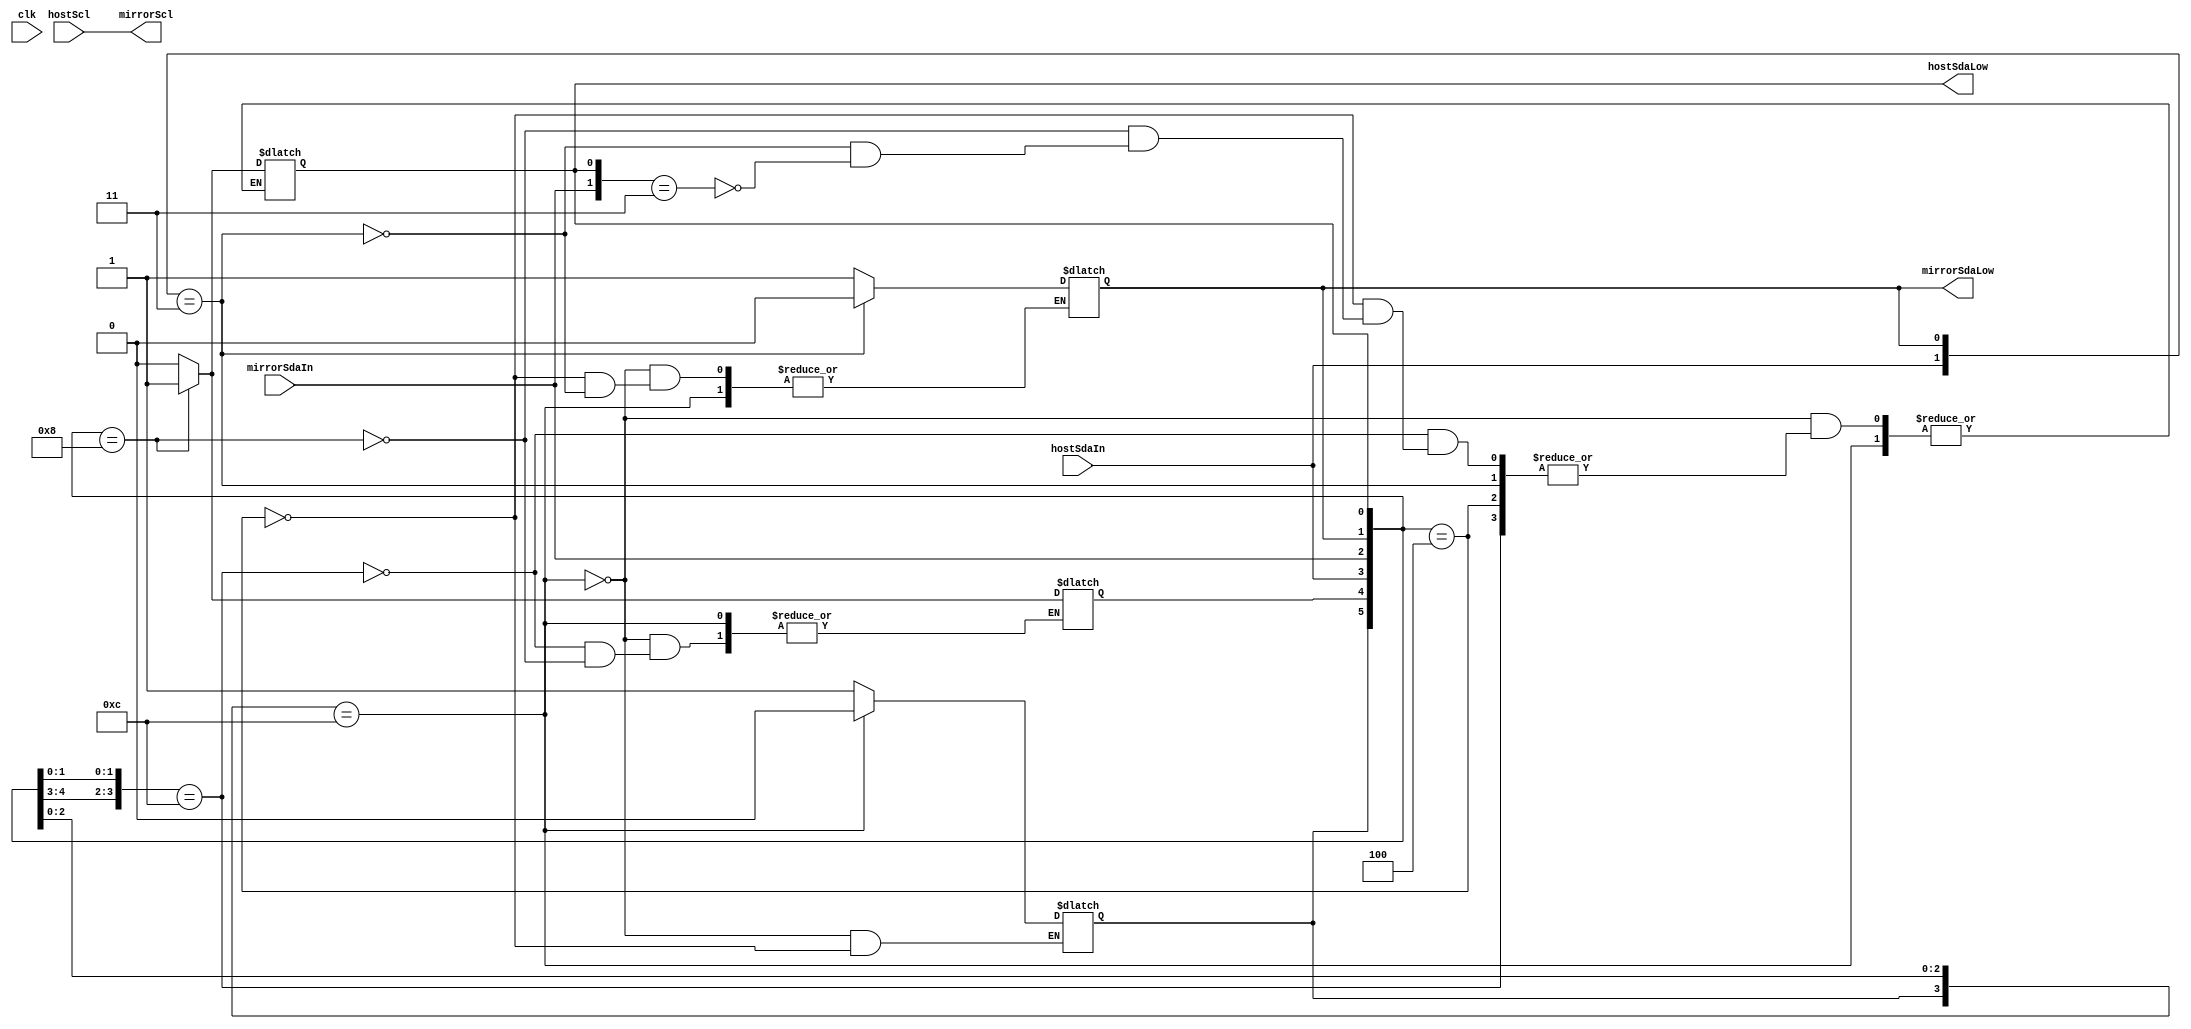
// Proxies I2C from one set of pins to another. Will introduce a slight
// propagation delay.
module twi_proxy(
		input clk,

		// Host wires (not to be controlled by us)
		input hostScl,
		input hostSdaIn,
		output hostSdaLow,

		// Mirror ports (we're driving these)
		output mirrorScl,
		input mirrorSdaIn,
		output mirrorSdaLow
	);

	reg hostToMirror = 1'b0;
	reg mirrorToHost = 1'b0;
	reg hostRecovery = 1'b0;
	reg mirrorRecovery = 1'b0;

	assign mirrorScl = hostScl;
	
	assign hostSdaLow = mirrorToHost;
	assign mirrorSdaLow = hostToMirror;

	always @* begin
		casez ({hostRecovery,mirrorRecovery,hostSdaIn,mirrorSdaIn,hostToMirror,mirrorToHost})
             	  // Waiting for recovery
		  6'b1?_?1_00: hostRecovery <= 0;
		  6'b?1_1?_00: mirrorRecovery <= 0;
		  // Enabling the mirror
		  6'b00_01_00: {hostToMirror, hostRecovery} <= 2'b11;
		  6'b00_10_00: {mirrorToHost, mirrorRecovery} <= 2'b11;
		  // Disabling the mirror
		  6'b??_1?_1?: hostToMirror <= 0;
		  6'b??_?1_?1: mirrorToHost <= 0;
		endcase
		/*if (!waitForRecovery) begin
			if (!hostSdaIn && !mirrorToHost)
				{hostToMirror, waitForRecovery} <= 2'b11;
			else if (!mirrorSdaIn && !hostToMirror)
				{mirrorToHost, waitForRecovery} <= 2'b11;
		end
		else begin
			if (hostSdaIn && mirrorSdaIn)
				waitForRecovery <= 0;
			if (hostSdaIn)
				hostToMirror <= 1'b0;
			if (mirrorSdaIn)
				mirrorToHost <= 1'b0;
		end;*/
	end
endmodule